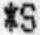
*S